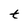
Character: t